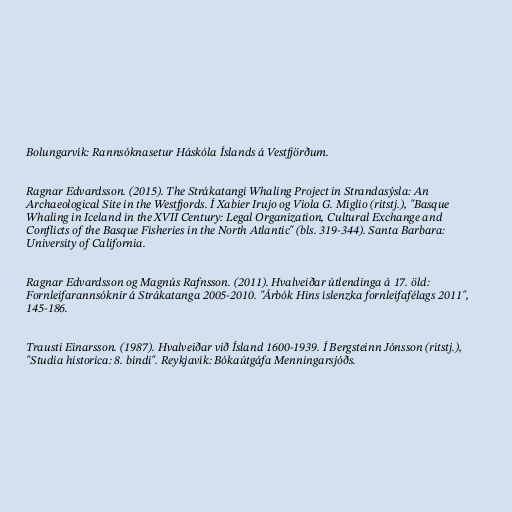
Bolungarvík: Rannsóknasetur Háskóla Íslands á Vestfjörðum.

Ragnar Edvardsson. (2015). The Strákatangi Whaling Project in Strandasýsla: An
Archaeological Site in the Westfjords. Í Xabier Irujo og Viola G. Miglio (ritstj.), "Basque
Whaling in Iceland in the XVII Century: Legal Organization, Cultural Exchange and
Conflicts of the Basque Fisheries in the North Atlantic" (bls. 319-344). Santa Barbara:
University of California.

Ragnar Edvardsson og Magnús Rafnsson. (2011). Hvalveiðar útlendinga á 17. öld:
Fornleifarannsóknir á Strákatanga 2005-2010. "Árbók Hins íslenzka fornleifafélags 2011",
145-186.

Trausti Einarsson. (1987). Hvalveiðar við Ísland 1600-1939. Í Bergsteinn Jónsson (ritstj.),
"Studia historica: 8. bindi". Reykjavík: Bókaútgáfa Menningarsjóðs.